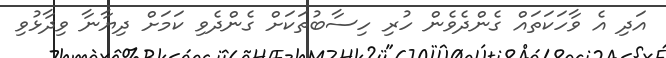
އަދި އެ ވާހަކަތައް ގެންދެވެން ހުރި ހިސާބުތަކަށް ގެންދެވި ކަމަށް ދިޔާނާ ވިދާޅުވި